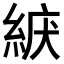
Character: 𦀫